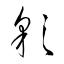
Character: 彩